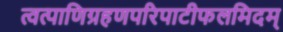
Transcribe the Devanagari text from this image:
त्वत्पाणिग्रहणपरिपाटीफलमिदम्